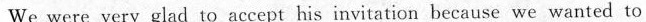
We were very glad to accept his invitation because we wanted to